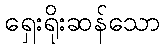
ရှေးရိုးဆန်သော